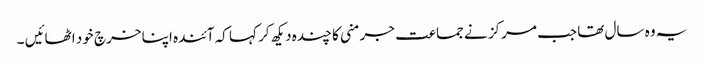
یہ وہ سال تھا جب مرکز نے جماعت جرمنی کا چندہ دیکھ کر کہا کہ آئندہ اپنا خرچ خود اٹھائیں ۔